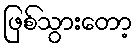
ဖြစ်သွားတော့